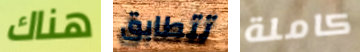
هناك تتطابق كاملة